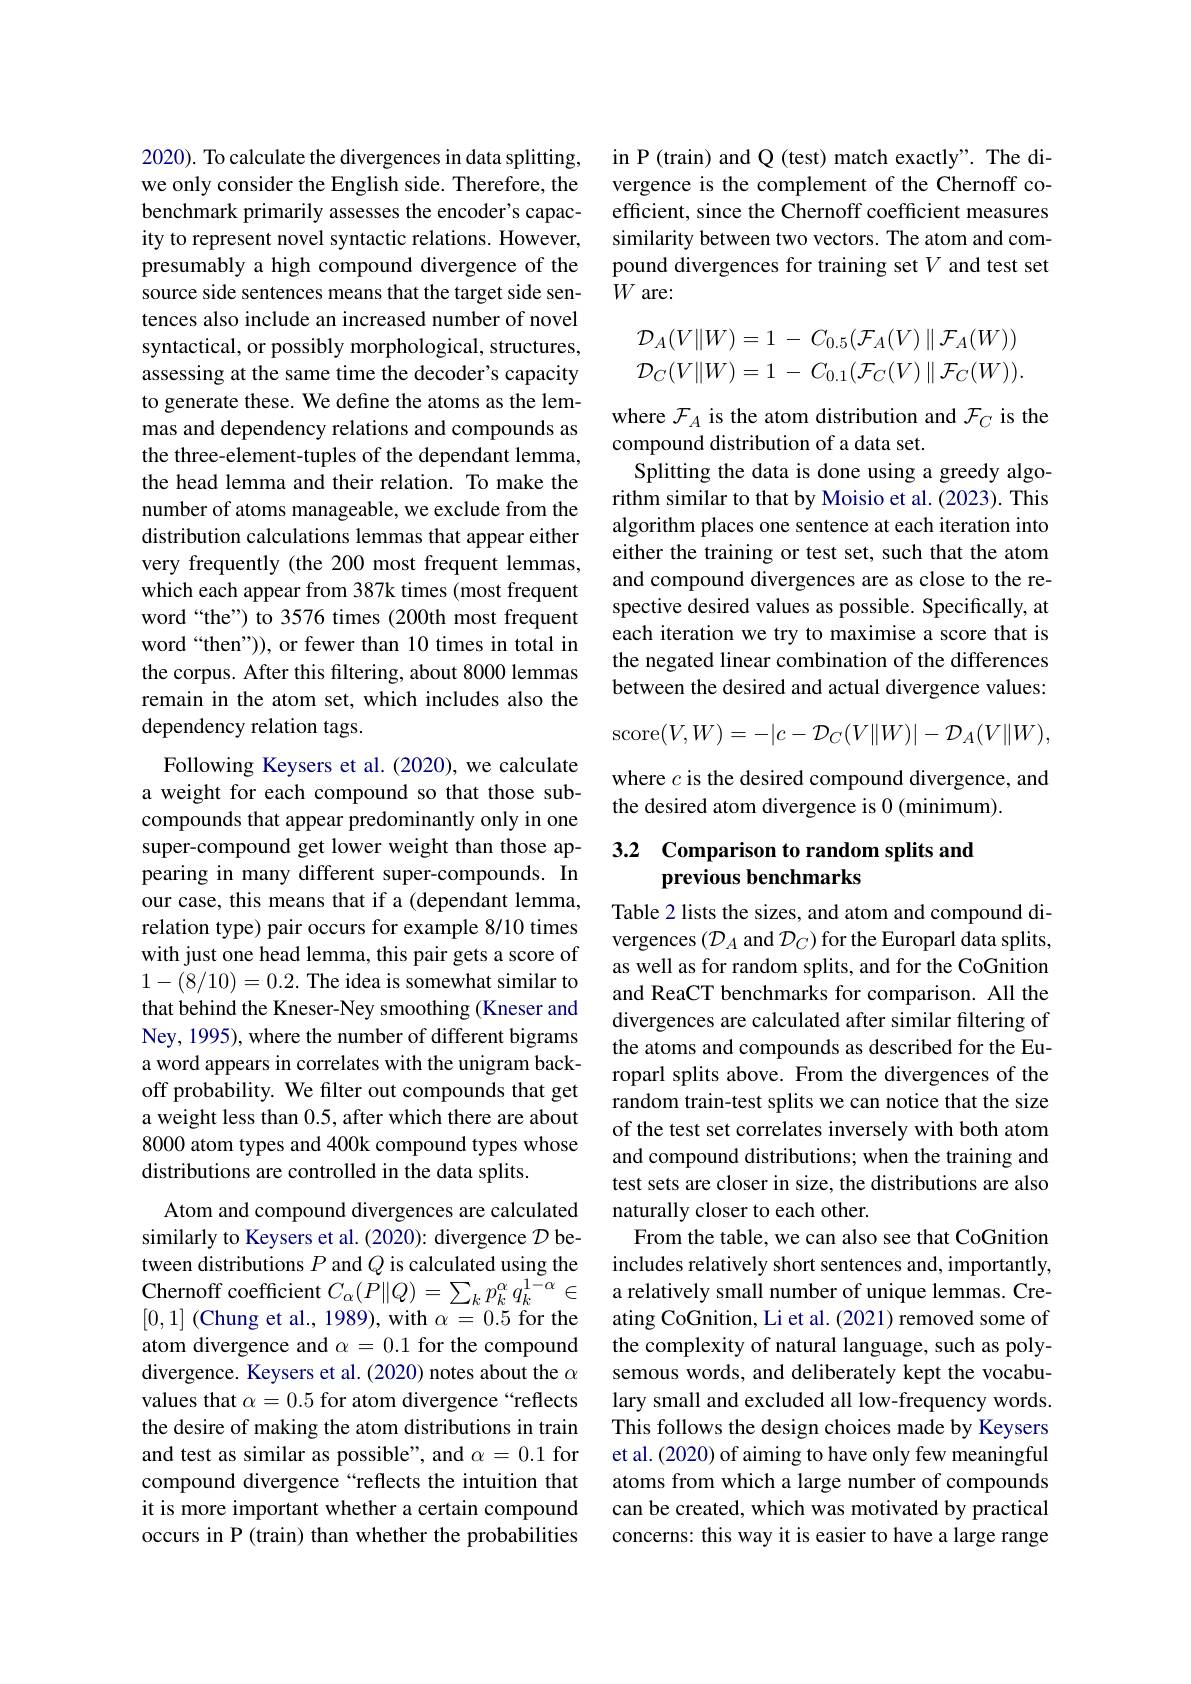
2020). To calculate the divergences in data splitting, we only consider the English side. Therefore, the benchmark primarily assesses the encoder's capacity to represent novel syntactic relations. However, presumably a high compound divergence of the source side sentences means that the target side sentences also include an increased number of novel syntactical, or possibly morphological, structures, assessing at the same time the decoder's capacity to generate these. We define the atoms as the lemmas and dependency relations and compounds as the three-element-tuples of the dependant lemma, the head lemma and their relation. To make the number of atoms manageable, we exclude from the distribution calculations lemmas that appear either very frequently (the 200 most frequent lemmas, which each appear from 387k times (most frequent word“the”) to 3576 times(200th most frequent word“then”)), or fewer than 10 times in total in the corpus. After this filtering, about 8000 lemmas remain in the atom set, which includes also the dependency relation tags.
Following Keysers et al. (2020), we calculate a weight for each compound so that those subcompounds that appear predominantly only in one super-compound get lower weight than those appearing in many different super-compounds. In our case, this means that if a (dependant lemma, relation type) pair occurs for example 8/10 times with just one head lemma, this pair gets a score of 1-(8/10)=0.2. The idea is somewhat similar to that behind the Kneser-Ney smoothing (Kneser and Ney, 1995), where the number of different bigrams a word appears in correlates with the unigram backoff probability. We filter out compounds that get a weight less than 0.5, after which there are about 8000 atom types and 400k compound types whose distributions are controlled in the data splits.
Atom and compound divergences are calculated similarly to Keysers et al. (2020): divergence $\mathcal{D}$ between distributions $P$ and $Q$ is calculated using the

Chernoff coefficient $C_{\alpha}(P\|Q)=\sum_{k}p_{k}^{\alpha}q_{k}^{1-\alpha}\in$ [0,1] (Chung et al., 1989), with $\alpha=0.5$ for the atom divergence and $\alpha=0.1$ for the compound divergence. Keysers et al. (2020) notes about the $\alpha$ values that $\alpha=0.5$ for atom divergence“reflects the desire of making the atom distributions in train and test as similar as possible", and $\alpha=0.1$ for compound divergence “reflects the intuition that it is more important whether a certain compound occurs in P (train) than whether the probabilities

in P (train) and Q (test) match exactly". The divergence is the complement of the Chernoff coefficient, since the Chernoff coefficient measures similarity between two vectors. The atom and compound divergences for training set $V$ and test set $W$ are:
$$\begin{aligned}\mathcal{D}_A(V\|W)&=1\:-\:C_{0.5}(\mathcal{F}_A(V)\parallel\mathcal{F}_A(W))\\\mathcal{D}_C(V\|W)&=1\:-\:C_{0.1}(\mathcal{F}_C(V)\parallel\mathcal{F}_C(W)).\end{aligned}$$
where $\mathcal{F}_A$ is the atom distribution and $\mathcal{F}_C$ is the
compound distribution of a data set.
Splitting the data is done using a greedy algorithm similar to that by Moisio et al. (2023). This algorithm places one sentence at each iteration into either the training or test set, such that the atom and compound divergences are as close to the respective desired values as possible. Specifically, at each iteration we try to maximise a score that is the negated linear combination of the differences between the desired and actual divergence values:
$$\mathrm{score}(V,W)=-|c-\mathcal{D}_{C}(V\|W)|-\mathcal{D}_{A}(V\|W),$$
where $c$ is the desired compound divergence, and
the desired atom divergence is 0 (minimum).

## 3.2 Comparison to random splits and previous benchmarks

Table 2 lists the sizes, and atom and compound divergences $(\mathcal{D}_A$ and $\mathcal{D}_C)$ for the Europarl data splits, as well as for random splits, and for the CoGnition and ReaCT benchmarks for comparison. All the divergences are calculated after similar filtering of the atoms and compounds as described for the Europarl splits above. From the divergences of the random train-test splits we can notice that the size of the test set correlates inversely with both atom and compound distributions; when the training and test sets are closer in size, the distributions are also naturally closer to each other.
From the table, we can also see that CoGnition includes relatively short sentences and, importantly, a relatively small number of unique lemmas. Creating CoGnition, Li et al. (2021) removed some of the complexity of natural language, such as polysemous words, and deliberately kept the vocabulary small and excluded all low-frequency words. This follows the design choices made by Keysers et al. (2020) of aiming to have only few meaningful atoms from which a large number of compounds can be created, which was motivated by practical concerns: this way it is easier to have a large range